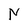
Character: N